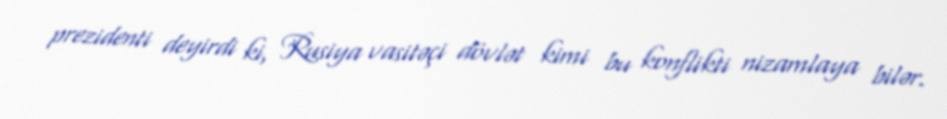
prezidenti deyirdi ki, Rusiya vasitəçi dövlət kimi bu konflikti nizamlaya bilər.